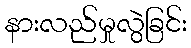
နားလည်မှုလွဲခြင်း